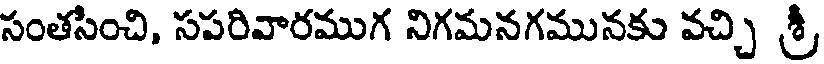
సంతసించి, సపరివారముగ నిగమనగమునకు వచ్చి శ్రీ,